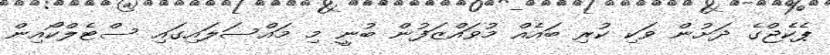
ޕެކެޖްގެ ދަށުން ވަކި ކުރި ބައެއް މުވައްޒަފުން ބުނީ މި މައްސަލައިގައި ސްޓެލްކޯއިން